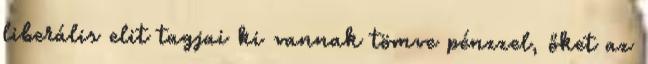
liberális elit tagjai ki vannak tömve pénzzel, őket az